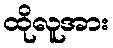
ထိုလူအား